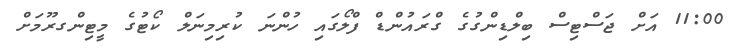
11:00 އަށް ޖަސްޓިސް ބިލްޑިންގުގެ ގްރައުންޑް ފްލޯގައި ހުންނަ ކުރިމިނަލް ކޯޓުގެ މީޓިންގރޫމަށް